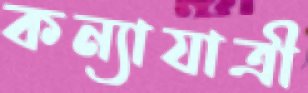
কন্যাযাত্রী